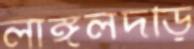
লাঙ্গলদড়ি